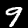
Digit: 9